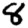
Digit: 8